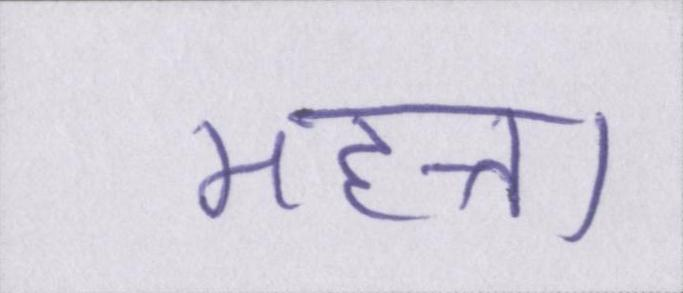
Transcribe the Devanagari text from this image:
महत्ता